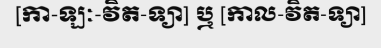
[កា-ឡៈ-វិត-ទ្យា] ឬ [កាល-វិត-ទ្យា]